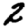
Digit: 2